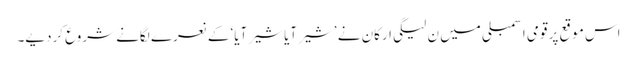
اس موقع پر قومی اسمبلی میں ن لیگی ارکان نے ’شیر آیا شیر آیا‘ کے نعرے لگانے شروع کردیے۔